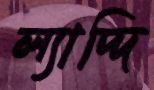
ল্যাদ্দি